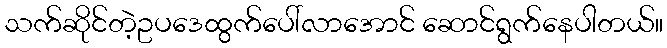
သက်ဆိုင်တဲ့ဥပဒေထွက်ပေါ်လာအောင် ဆောင်ရွက်နေပါတယ်။